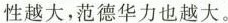
性越大，范德华力也越大。